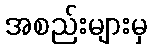
အစည်းများမှ